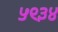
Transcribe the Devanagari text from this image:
५९३४